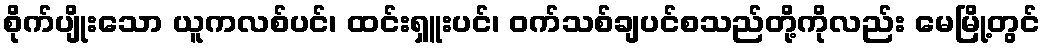
စိုက်ပျိုးသော ယူကလစ်ပင်၊ ထင်းရှူးပင်၊ ဝက်သစ်ချပင်စသည်တို့ကိုလည်း မေမြို့တွင်